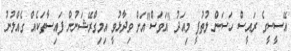
އޭސީސީގެ ރައީސް ހަސަން ލުތުފީ މިއަދު "އަވަސް"އަށް ވިދާޅުވީ އިމިގްރޭޝަނުން ފައިސާތަކެއް ގެއްލުނު